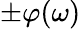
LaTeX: \pm\varphi(\omega)